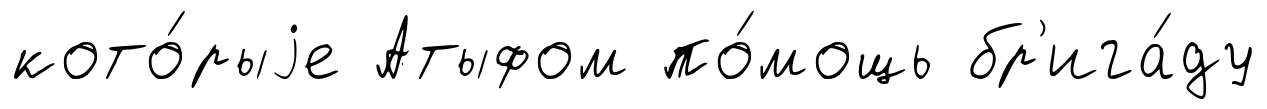
кото́рыjе Атыфом по́мощь бр'ига́ду